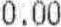
0.00